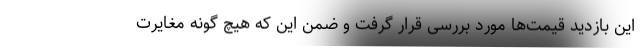
این بازدید قیمت‌ها مورد بررسی قرار گرفت و ضمن این که هیچ گونه مغایرت